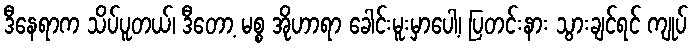
ဒီနေရာက သိပ်ပူတယ်၊ ဒီတော့ မစ္စ အိုဟာရာ ခေါင်းမူးမှာပေါ့၊ ပြတင်းနား သွားချင်ရင် ကျုပ်